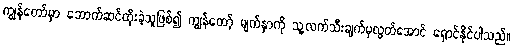
ကျွန်တော်မှာ ဘောက်ဆင်ထိုးခဲ့သူဖြစ်၍ ကျွန်တော့် မျက်နှာကို သူ့လက်သီးချက်မှလွတ်အောင် ရှောင်နိုင်ပါသည်။